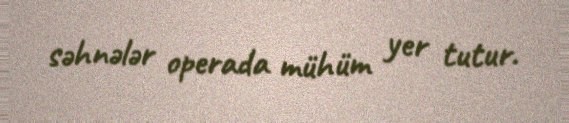
səhnələr operada mühüm yer tutur.